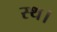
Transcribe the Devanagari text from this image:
स्थ।